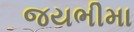
જયભીમા